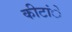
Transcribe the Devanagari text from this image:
कीटांे